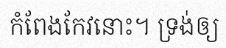
កំពែងកែវនោះ។ ទ្រង់ឲ្យ